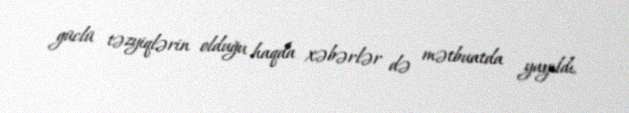
güclü təzyiqlərin olduğu haqda xəbərlər də mətbuatda yayıldı.